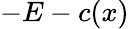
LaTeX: -E-c(x)